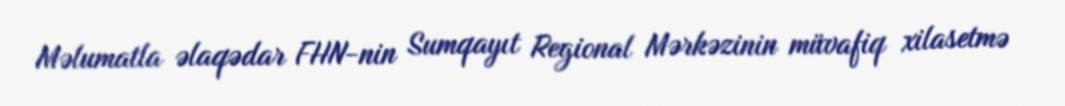
Məlumatla əlaqədar FHN-nin Sumqayıt Regional Mərkəzinin müvafiq xilasetmə